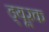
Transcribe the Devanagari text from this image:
ड्यूरक